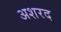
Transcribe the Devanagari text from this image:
अशरद